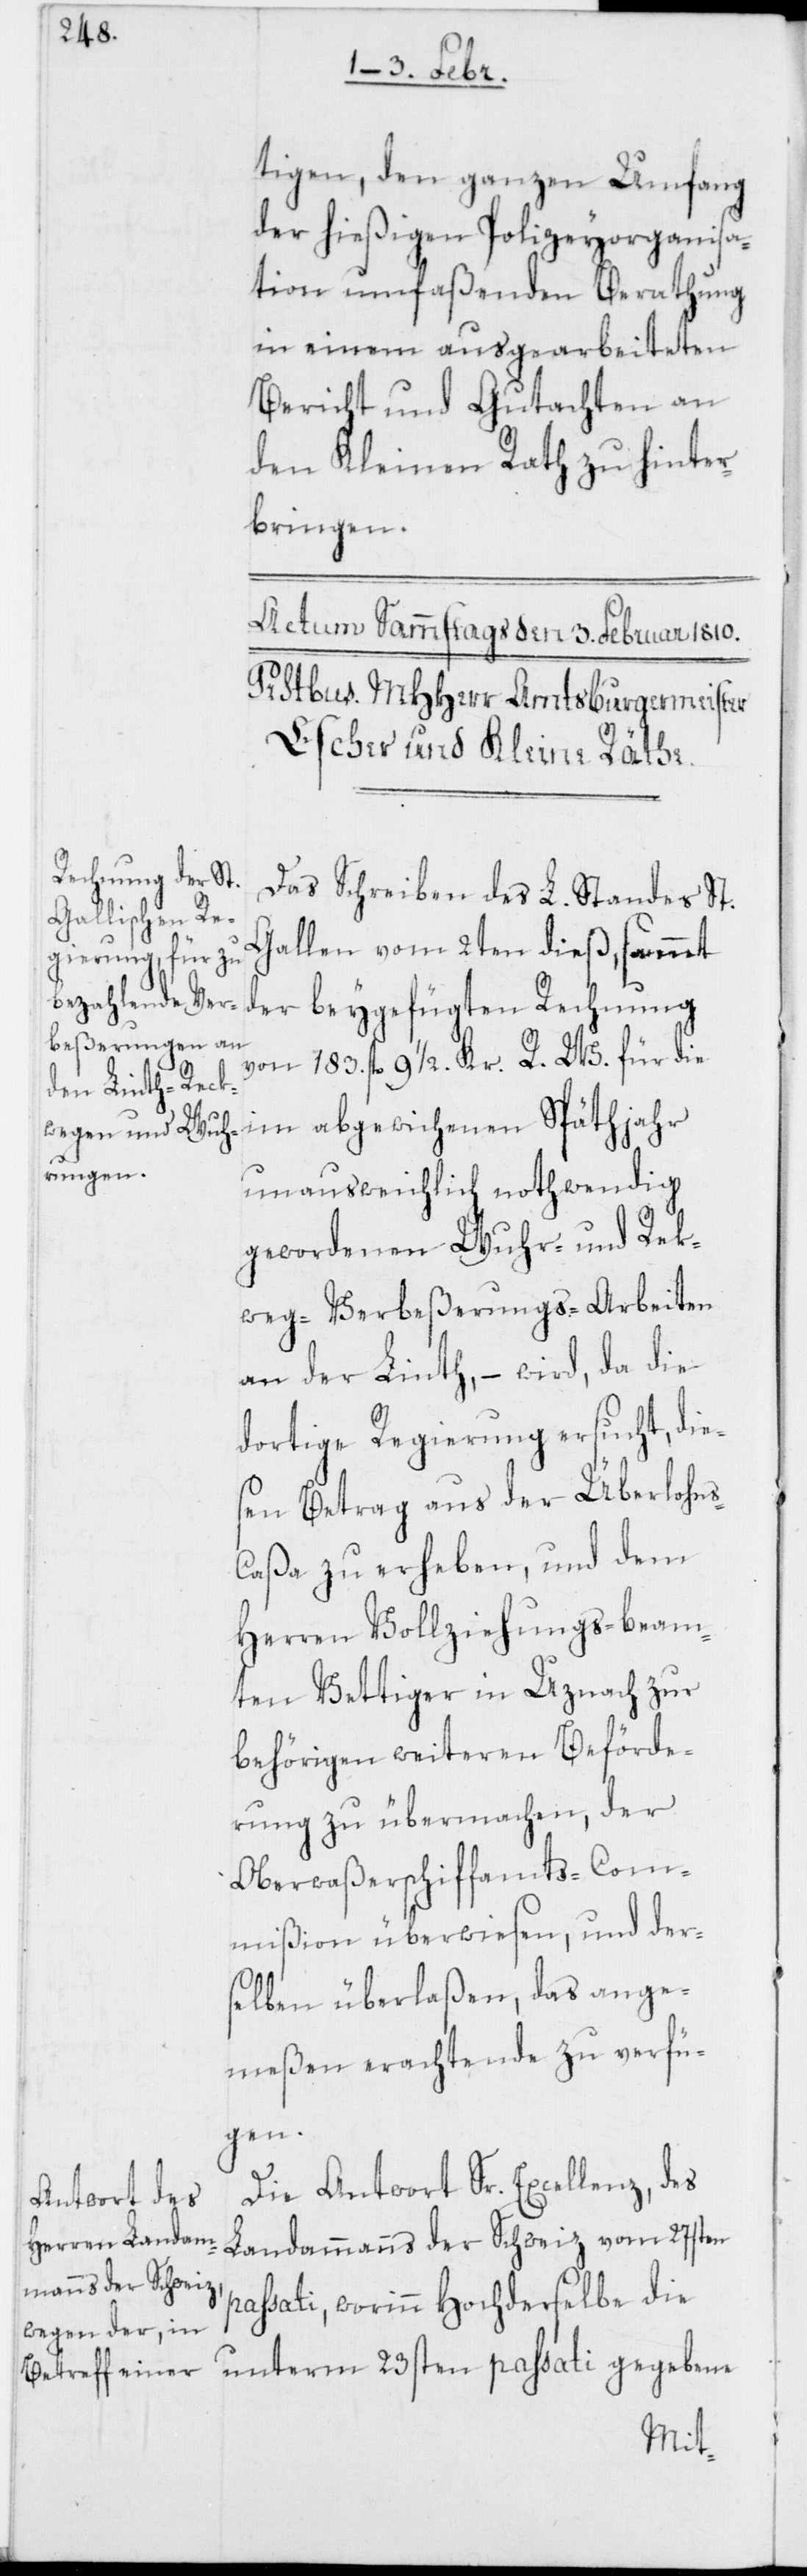
tigen, den ganzen Umfang
der hießigen Polizeyorganisa¬
tion umfaßenden Berathung
in einem ausgearbeiteten
Bericht und Gutachten an
den Kleinen Rath zu hinter¬
bringen.
Das Schreiben des L. Standes St.
Gallen vom 2ten dieß, sammt
der beygefügten Rechnung
von 783. fl. 9 1/2. Kr. R. W. für die
im abgewichenen Späthjahr
unausweichlich nothwendig
gewordenen Wuhr- und Rek¬
weg-Verbeßerungs-Arbeiten
an der Linth, – wird, da die
dortige Regierung ersucht, die¬
sen Betrag aus der Überlohn¬
s-Caßa zu erheben, und dem
Herren Vollziehungsbeam¬
ten Vettiger in Uznach zur
behörigen weiteren Beförde¬
rung zu übermachen, der
Oberwaßerschiffamts-Com¬
mißion überwiesen, und der¬
selben überlaßen, das ange¬
meßen Erachtende zu verfü¬
gen.
Die Antwort Sr. Excellenz, des
Landammanns der Schweiz vom 27sten
passati, worinn Hochderselbe die
unterm 23sten passati gegebene